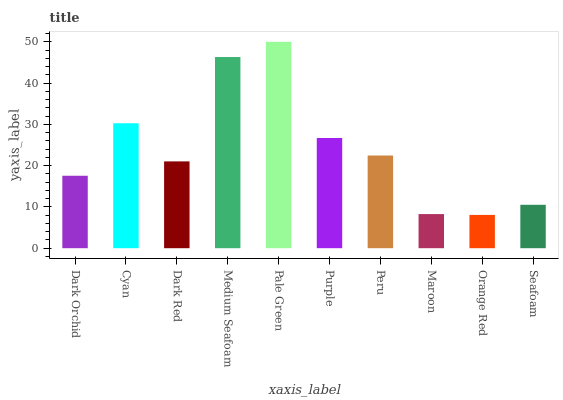
| xaxis_label | bars |
 | --- | --- |
 | Dark Orchid | 17.6 |
 | Cyan | 30.3 |
 | Dark Red | 21 |
 | Medium Seafoam | 46.3 |
 | Pale Green | 50 |
 | Purple | 26.7 |
 | Peru | 22.5 |
 | Maroon | 8.27 |
 | Orange Red | 8.07 |
 | Seafoam | 10.5 |